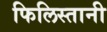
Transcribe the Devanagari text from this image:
फिलिस्तानी